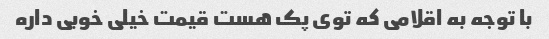
با توجه به اقلامی که توی پک هست قیمت خیلی خوبی داره